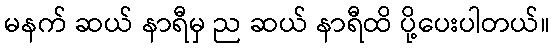
မနက် ဆယ် နာရီမှ ည ဆယ် နာရီထိ ပို့ပေးပါတယ်။